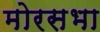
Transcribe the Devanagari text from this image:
मोरसभा